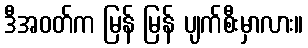
ဒီအဝတ်က မြန် မြန် ပျက်စီးမှာလား။